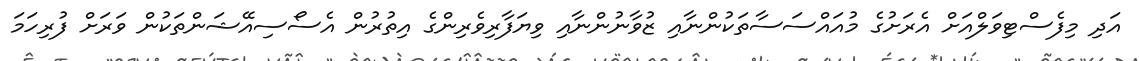
އަދި މިފެސްޓިވަލްއަށް އެރަށުގެ މުއައްސަސާތަކުންނާއި ޒުވާނުންނާއި ވިޔަފާރިވެރިންގެ އިތުރުން އެސޯސިއޭޝަންތަކުން ވަރަށް ފުރިހަމަ